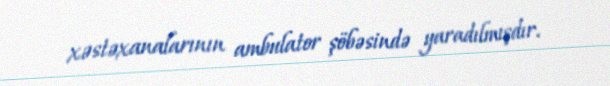
xəstəxanalarının ambulator şöbəsində yaradılmışdır.